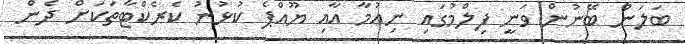
ބަލަން ބޭނުން ވަނީ ފިލްމުގައި ނިއުމާ އާއި ޔޫއްޕެ ކުޅުނު ކެރެކްޓާތަކަށް ދެން